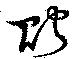
貯